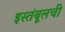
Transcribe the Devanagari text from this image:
इस्तंबूलची